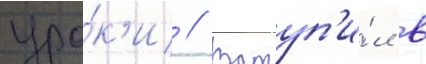
уро́к'и // Вступ'и́л в